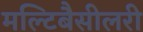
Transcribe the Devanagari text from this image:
मल्टिबैसीलरी